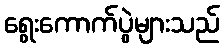
ရွေးကောက်ပွဲများသည်